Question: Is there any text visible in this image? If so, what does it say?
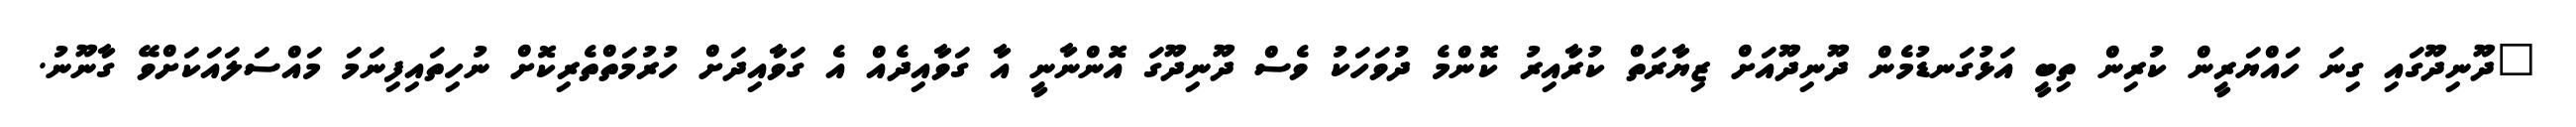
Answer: "ދޫނިދޫގައި ގިނަ ހައްޔަރީން ކުރިން ތިބީ އަޅުގަނޑުމެން ދޫނިދޫއަށް ޒިޔާރަތް ކުރާއިރު ކޮންމެ ދުވަހަކު ވެސް ދޫނިދޫގަ އޮންނާނީ އާ ގަވާއިދެއް އެ ގަވާއިދަށް ހުރުމަތްތެރިކޮށް ނުހިތައިފިނަމަ މައްސަލައަކަށްވޭ ގާނޫނު.